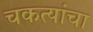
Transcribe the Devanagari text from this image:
चकत्यांचा